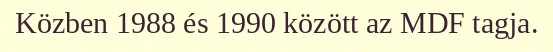
Közben 1988 és 1990 között az MDF tagja.